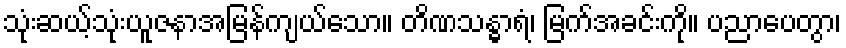
သုံးဆယ့်သုံးယူဇနာအမြန်ကျယ်သော။ တိဏသန္ဓာရံ၊ မြက်အခင်းကို။ ပညာပေတွာ၊